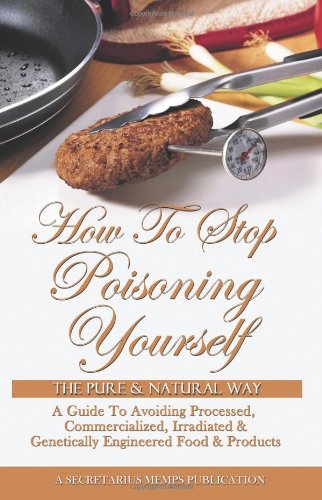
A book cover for How To Stop Poisoning Yourself The Pure And Natural Way: A Guide To Avoiding Processed, Commercialized, Irradiated And Genetically Engineered Foods; Secretarius Memps; Health, Fitness & Dieting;